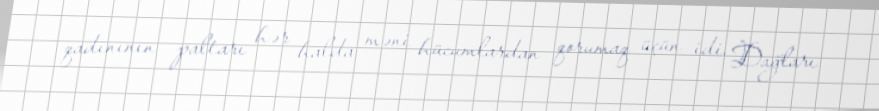
qadınının paltarı hər halda məni hücumlardan qorumaq üçün idi. Dağları